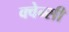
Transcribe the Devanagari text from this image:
क्वेन्सी